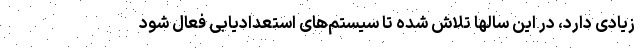
زیادی دارد، در این سالها تلاش شده تا سیستم‌های استعدادیابی فعال شود